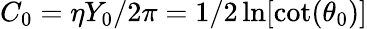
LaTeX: C_{0}=\eta Y_{0}/2\pi=1/2\ln[\cot(\theta_{0})]